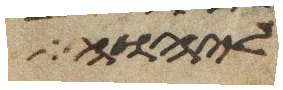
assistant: ליהוה